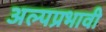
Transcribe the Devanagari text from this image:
अल्पप्रभावी